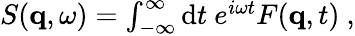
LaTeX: \begin{array}{r}{S(\mathbf{q},\omega)=\int_{-\infty}^{\infty}\textnormal{d}t\ e^{i\omega t}F(\mathbf{q},t)\ ,}\end{array}